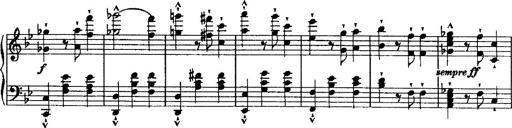
Title: Grande valse di bravura
Composer: Franz Liszt